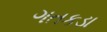
ગતકડા